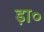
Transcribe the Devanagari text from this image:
ड़ा०